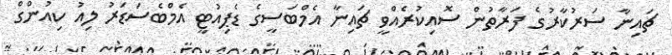
ޗައިނާ ސަރުކާރުގެ ފަރާތުން ސޮއިކުރެއްވީ ޗައިނާ އެމްބަސީގެ ޑެޕިއުޓީ އެމްބެސަޑަރު ލިއު ކިއުންގް